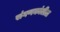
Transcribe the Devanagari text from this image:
संगणकांतील